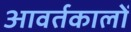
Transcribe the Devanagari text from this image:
आवर्तकालों